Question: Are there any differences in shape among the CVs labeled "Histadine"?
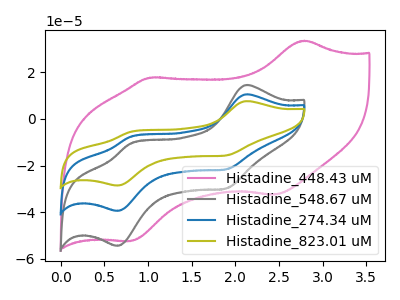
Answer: <think>The pink curve "Histadine_448.43 uM" has anodic peaks at (2.80V, 33.55uA) (1.00V, 17.75uA) and cathodic peaks at (2.45V, -32.45uA) (0.80V, -52.40uA). The gray curve "Histadine_548.67 uM" has anodic peaks at (2.15V, 14.55uA) (0.80V, -10.60uA) and cathodic peaks at (1.90V, -29.85uA) (0.65V, -54.40uA). The blue curve "Histadine_274.34 uM" has anodic peaks at (2.15V, 10.55uA) (0.80V, -7.70uA) and cathodic peaks at (1.90V, -21.65uA) (0.65V, -39.40uA). The olive curve "Histadine_823.01 uM" has anodic peaks at (2.15V, 21.05uA) (0.80V, -15.40uA) and cathodic peaks at (1.90V, -43.30uA) (0.65V, -78.85uA).
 "Histadine_448.43 uM" and "Histadine_548.67 uM" have at least one peak that do not match. "Histadine_448.43 uM" and "Histadine_274.34 uM" have at least one peak that do not match. "Histadine_448.43 uM" and "Histadine_823.01 uM" have at least one peak that do not match. All the peaks in "Histadine_548.67 uM" have a peak in "Histadine_274.34 uM" at the same potential. All the peaks in "Histadine_548.67 uM" have a peak in "Histadine_823.01 uM" at the same potential. All the peaks in "Histadine_274.34 uM" have a peak in "Histadine_823.01 uM" at the same potential.</think>
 <answer>All the CV's of "Histadine" have similar shape.</answer>
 <eval>follow_rule</eval>